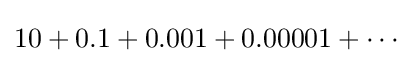
10+0.1+0.001+0.00001+\cdots